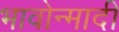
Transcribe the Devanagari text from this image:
भावोन्मादी